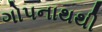
ગોપનાથથી